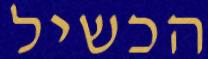
הכשיל